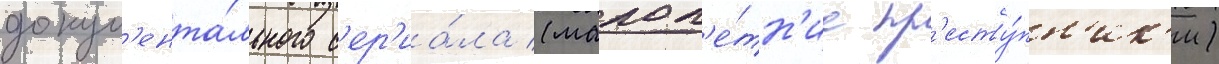
докум'ента́льного с'ер'иа́ла (малол'е́тн'ие пр'есту́пн'ик'и)